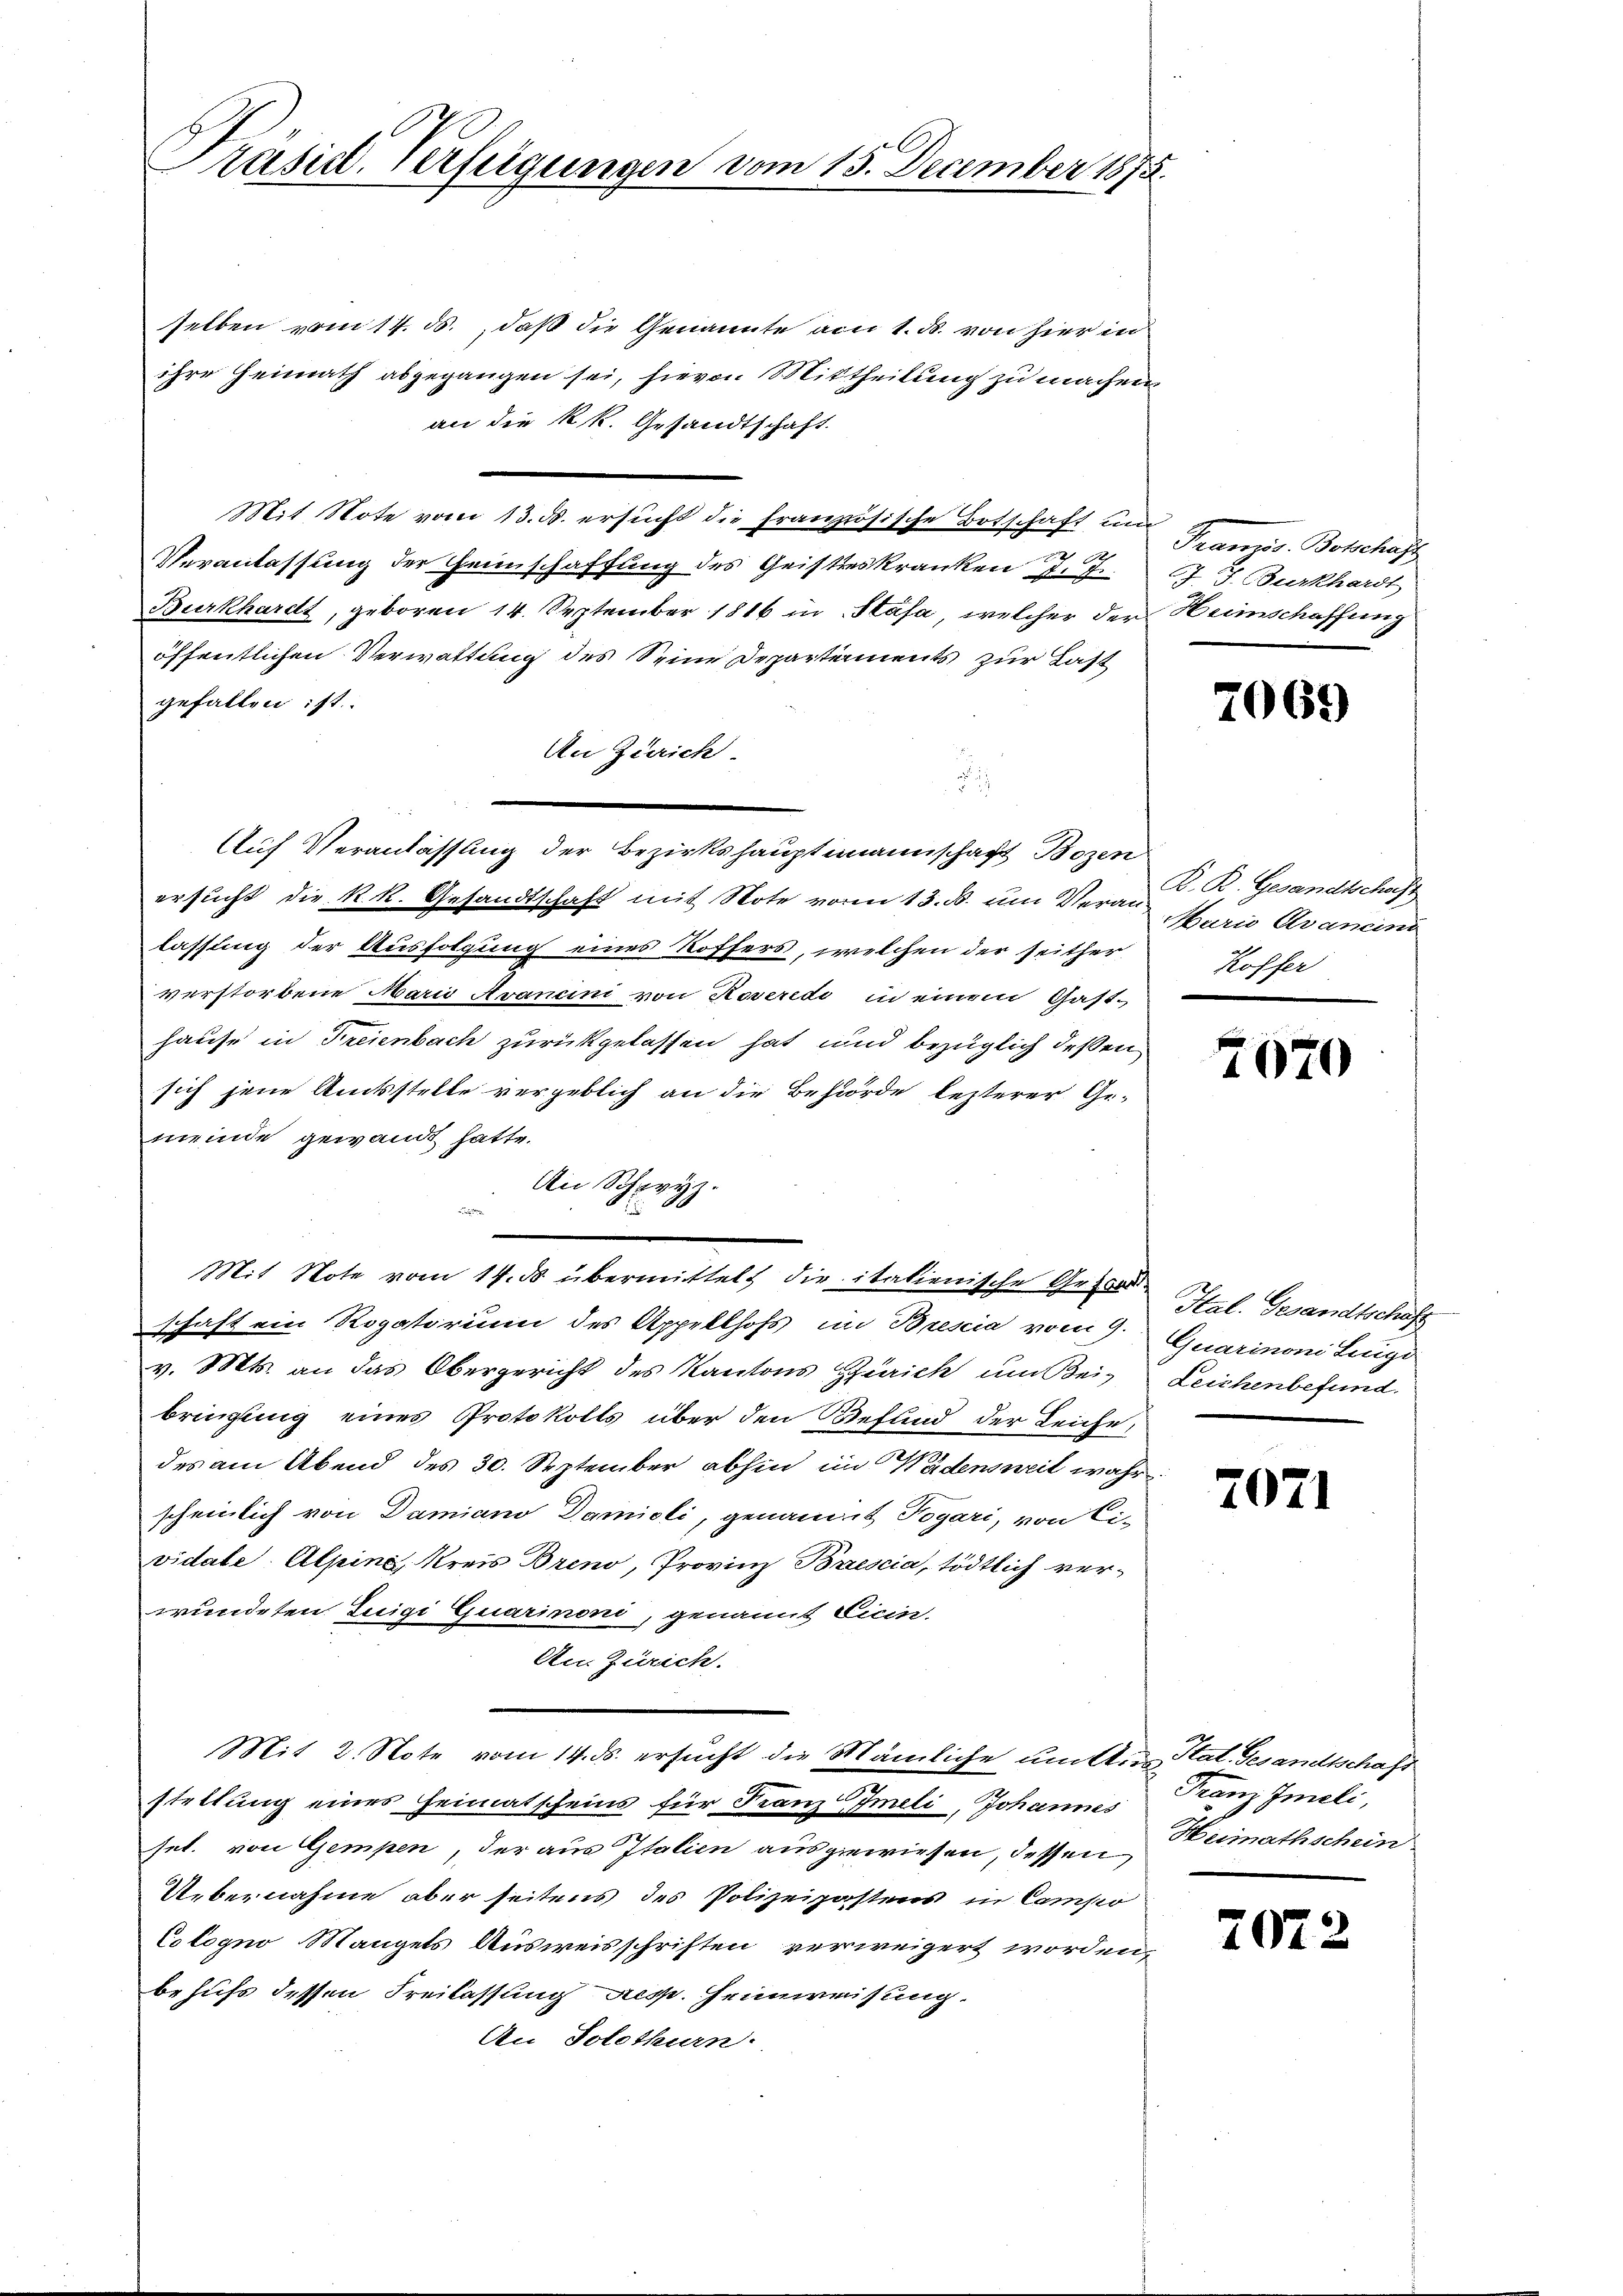
Präsid. Verfügungen vom 15. December 1875.

selben vom 14. ds., daß die Genannte am 1. ds. von hier in
ihre Heimath abgegangen sei, hievon Mittheilung zu machen
an die kk. Gesandtschaft.
Mit Note vom 13. ds. ersucht die Französische Botschaft und Französ. Botschaft
Veranlassung der Heinschaffung des Geisteskranken J. J.
Burkhardt, geboren 14. September 1816 in Stäfa, welcher der Heimschaffung
öffentlichen Verwaltung des Seine Departements zur Last
gefallen ist.
An Zürich.
ersŭcht die k. k. Gesandtschaft mit Note vom 13. ds. um Veran C. R. Gesandtschaft
lassung der Ausfolgung eines Koffers, welchen der seither
verstorbene Maris Avancini von Roveredi in einem Gast-
hause in Freienbach zurückgelassen hat und bezüglich deßen
sich jene Amtsstelle vergeblich an die Behörde lezterer Gemeinde gewandt hatte.
An Schwyz.
Mit Note vom 14. ds übermittelt die italienische Grad Stel. Gesandtschaft
schaft ein Rogatorium des Appellhofs im Brescia vom 9. Quarinoni Lunge
v. Mts. an das Obergericht des Kantons Zürich um Bei- Leichenbefund
bringung eines Protokolls über den Befund der Leiche,
des am Abend des 30. September abhin im Wädensweit währ
scheinlich von Damiano Damioli, genamit Togari, von Ci-
vidate Alpine, Kreis Breno, Provinz Brescia, tödtlich verwundeten Luigi Quarinoni, genannt Licin.
An Zürich.
Mit 2. Note vom 14. ds. ersucht die Mämliche unter Stat. Gesandtschaft
stellung eines Heimatscheins für Franz Imeli, Johannes
set. von Gempen, der aus Italien ausgewiesen, dessen
Uebernahme aber seitens des Polizeipostens in Campo
Cologno Mangels Ausweisschriften verweigert worden,
behufs dessen Freilassung resp. Heimweisung.
An Solothurn.

Auf Veranlassung der Bezirkshauptmannschaft Bozen

67 J. Burkhardt

7069

Maria Avancini
Koffer

7070

2071

Franz Imeli,
Heimathschein

2072